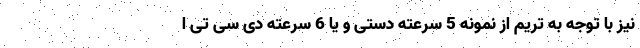
نیز با توجه به تریم از نمونه 5 سرعته دستی و یا 6 سرعته دی سی تی ا